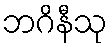
ဘဂိနီသု